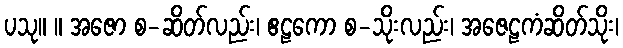
ပသု။ ။ အဇော စ-ဆိတ်လည်း၊ ဧဠကော စ-သိုးလည်း၊ အဇေဠကံဆိတ်သိုး၊